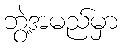
ဘွဲ့အမည်မှာ